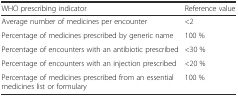
<table><thead><tr><td><b>WHO prescribing indicator</b></td><td><b>Reference value</b></td></tr></thead><tbody><tr><td>Average number of medicines per encounter</td><td>&lt;2</td></tr><tr><td>Percentage of medicines prescribed by generic name</td><td>100 %</td></tr><tr><td>Percentage of encounters with an antibiotic prescribed</td><td>&lt;30 %</td></tr><tr><td>Percentage of encounters with an injection prescribed</td><td>&lt;20 %</td></tr><tr><td>Percentage of medicines prescribed from an essential medicines list or formulary</td><td>100 %</td></tr></tbody></table>